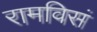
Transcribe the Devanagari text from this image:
रामविसं